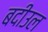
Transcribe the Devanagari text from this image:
बदीउल